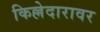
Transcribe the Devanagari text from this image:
किल्लेदारावर